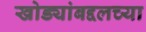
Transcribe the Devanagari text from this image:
खोड्यांबद्दलच्या